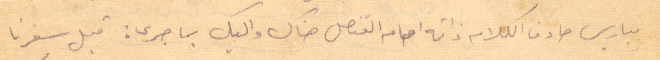
بباريس صادف الكلام ذاته امام القنصل هناك واليك بما جرى: قبل سفرنا